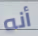
أنه